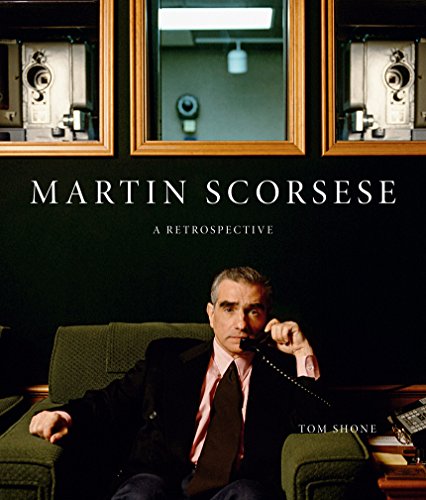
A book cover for Martin Scorsese: A Retrospective; Tom Shone; Humor & Entertainment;